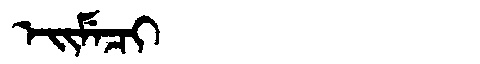
Manchu: ᡝᡳᠮᡝᠴᡳ
Romanization: EIMECI